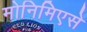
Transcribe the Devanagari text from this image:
मोनिमिएसे